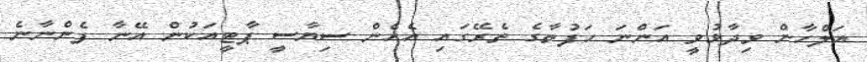
އަލްހާން ވިދާޅުވީ އަންނަ ހަފުތާގެ ތެރޭގައި އެހެން ސިޔާސީ ޕާޓީއަކުން އޭނާ ފެންނާނެ